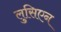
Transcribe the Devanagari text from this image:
लुसिएन